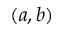
( a , b )